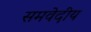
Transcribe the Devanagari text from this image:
समवेदीय